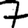
Digit: 7